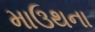
માઉથના